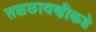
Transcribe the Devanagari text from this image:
तळछावणीकडे